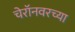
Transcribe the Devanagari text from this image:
चेरॉनवरच्या